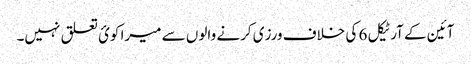
آئین کے آرٹیکل 6 کی خلاف ورزی کرنے والوں سے میرا کوئ تعلق نہیں۔